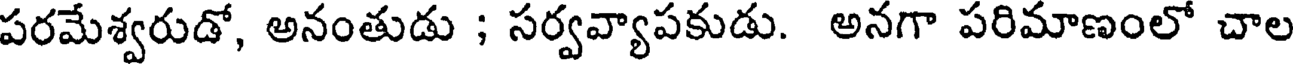
పరమేశ్వరుడో, అనంతుడు ; సర్వవ్యాపకుడు. అనగా పరిమాణంలో చాల